Civil Veterinary Dept. Bombay admin report 1907-1913 - 1907-1913
Year: 1907
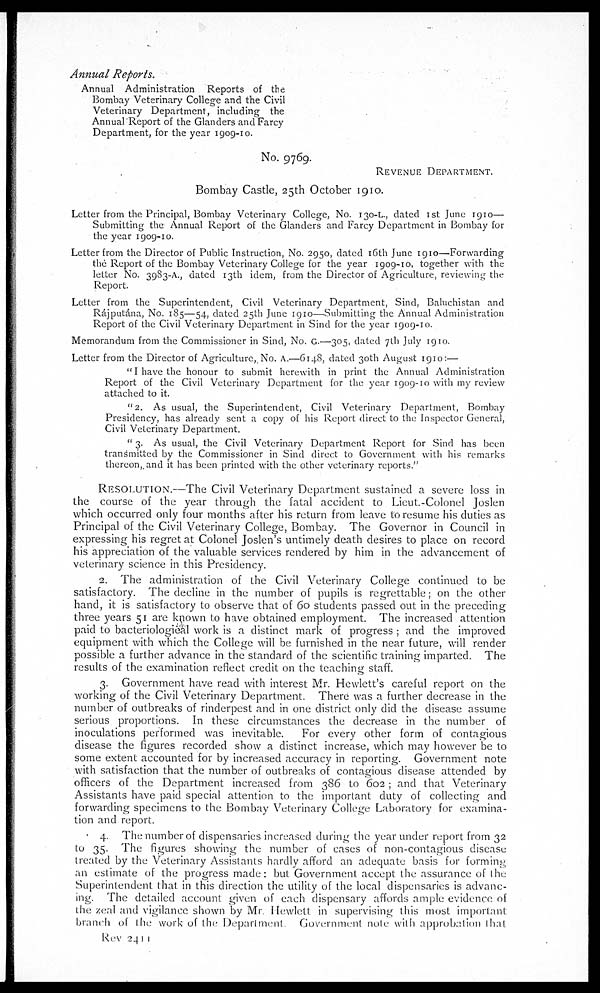
Annual
Reports.
Annual Administration Reports of the
Bombay Veterinary College and the Civil
Veterinary Department, including the
Annual Report of the Glanders and Farcy
Department, for the year 1909-10.
No. 9769.
REVENUE DEPARTMENT.
Bombay Castle, 25th October 1910.
Letter from the Principal, Bombay Veterinary College, No. 130-L., dated 1st June 1910—
Submitting the Annual Report of the Glanders and Farcy Department in Bombay for
the year 1909-10.
Letter from the Director of Public Instruction, No. 2950, dated 16th June 1910—Forwarding
the Report of the Bombay Veterinary College for the year 1909-10, together with the
letter No. 3983-A., dated 13th idem, from the Director of Agriculture, reviewing the
Report.
Letter from the Superintendent, Civil Veterinary Department, Sind, Baluchistan and
Rájputána, No. 185—54, dated 25th June 1910—Submitting the Annual Administration
Report of the Civil Veterinary Department in Sind for the year 1909-10.
Memorandum from the Commissioner in Sind, No. G.—305, dated 7th July 1910.
Letter from the Director of Agriculture,. No. A.—6148, dated 30th August 1910:—
" I have the honour to submit herewith in print the Annual Administration
Report of the Civil Veterinary Department for the year 1909-10 with my review
attached to it.
"2. As usual, the Superintendent, Civil Veterinary Department, Bombay
Presidency, has already sent a copy of his Report direct to the Inspector General,
Civil Veterinary Department.
" 3. As usual, the Civil Veterinary Department Report for Sind has been
transmitted by the Commissioner in Sind direct to Government with his remarks
thereon,. and it has been printed with the other veterinary reports."
RESOLUTION.—The Civil Veterinary Department sustained a severe loss in
the course of the year through the fatal accident to Lieut.-Colonel Joslen
which occurred only four months after his return from leave to resume his duties as
Principal of the Civil Veterinary College, Bombay. The Governor in Council in
expressing his regret at Colonel Joslen's untimely death desires to place on record
his appreciation of the valuable services rendered by him in the advancement of
veterinary science in this Presidency.
2. The administration of the Civil Veterinary College continued to be
satisfactory. The decline in the number of pupils is regrettable ; on the other
hand, it is satisfactory to observe that of 60 students passed out in the preceding
three years 51 are known to have obtained employment. The increased attention
paid to bacteriological work is a distinct mark of progress ; and the. improved
equipment with which the College will be furnished in the near future, will render
possible a further advance in the standard of the scientific training imparted.
The
results of the examination reflect credit on the teaching staff.
3. Government have read with interest Mr. Hewlett's careful report on the
working of the Civil Veterinary Department. There was a further decrease in the
number of outbreaks of rinderpest and in one district only did the disease assume
serious proportions. In these circumstances the decrease in the number of
inoculations performed was inevitable.
For every other form of contagious
disease the figures recorded show a distinct increase, which may however be to
some extent accounted for by increased accuracy in reporting. Government note
with satisfaction that the number of outbreaks of contagious disease attended by
officers of the Department increased from 386 to 602 ; and that Veterinary
Assistants have paid special attention to the important duty of collecting and
forwarding specimens to the Bombay Veterinary College Laboratory for examina-
tion and report.
4. The number of dispensaries increased during the year under report from 32
to 35. The figures showing the number of cases of non-contagious disease
treated by the Veterinary Assistants hardly afford an adequate basis for forming
an estimate of the progress made: but Government accept the assurance of the
Superintendent that in this direction the utility of the local dispensaries is advanc-
ing. The detailed account given of each dispensary affords ample evidence of
the zeal and vigilance shown by Mr. Hewlett in supervising this most important
branch of the work of the Department. Government note with approbation that.
Rev 2411